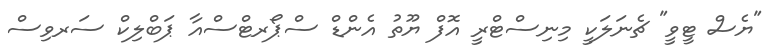
"ޔެސް ޓީވީ" ޗެނަލަކީ މިނިސްޓްރީ އޮފް ޔޫތު އެންޑް ސްޕޯރޓްސްއާ ޕަބްލިކް ސަރވިސް